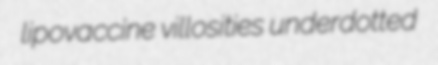
lipovaccine villosities underdotted